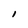
Character: I